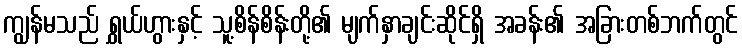
ကျွန်မသည် ရွှယ်ဟွားနှင့် သူ့စိန်စိန်းတို့၏ မျက်နှာချင်းဆိုင်ရှိ အခန်း၏ အခြားတစ်ဘက်တွင်